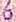
6